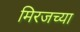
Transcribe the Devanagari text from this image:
मिरजच्या